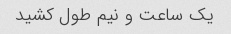
یک ساعت و نیم طول کشید